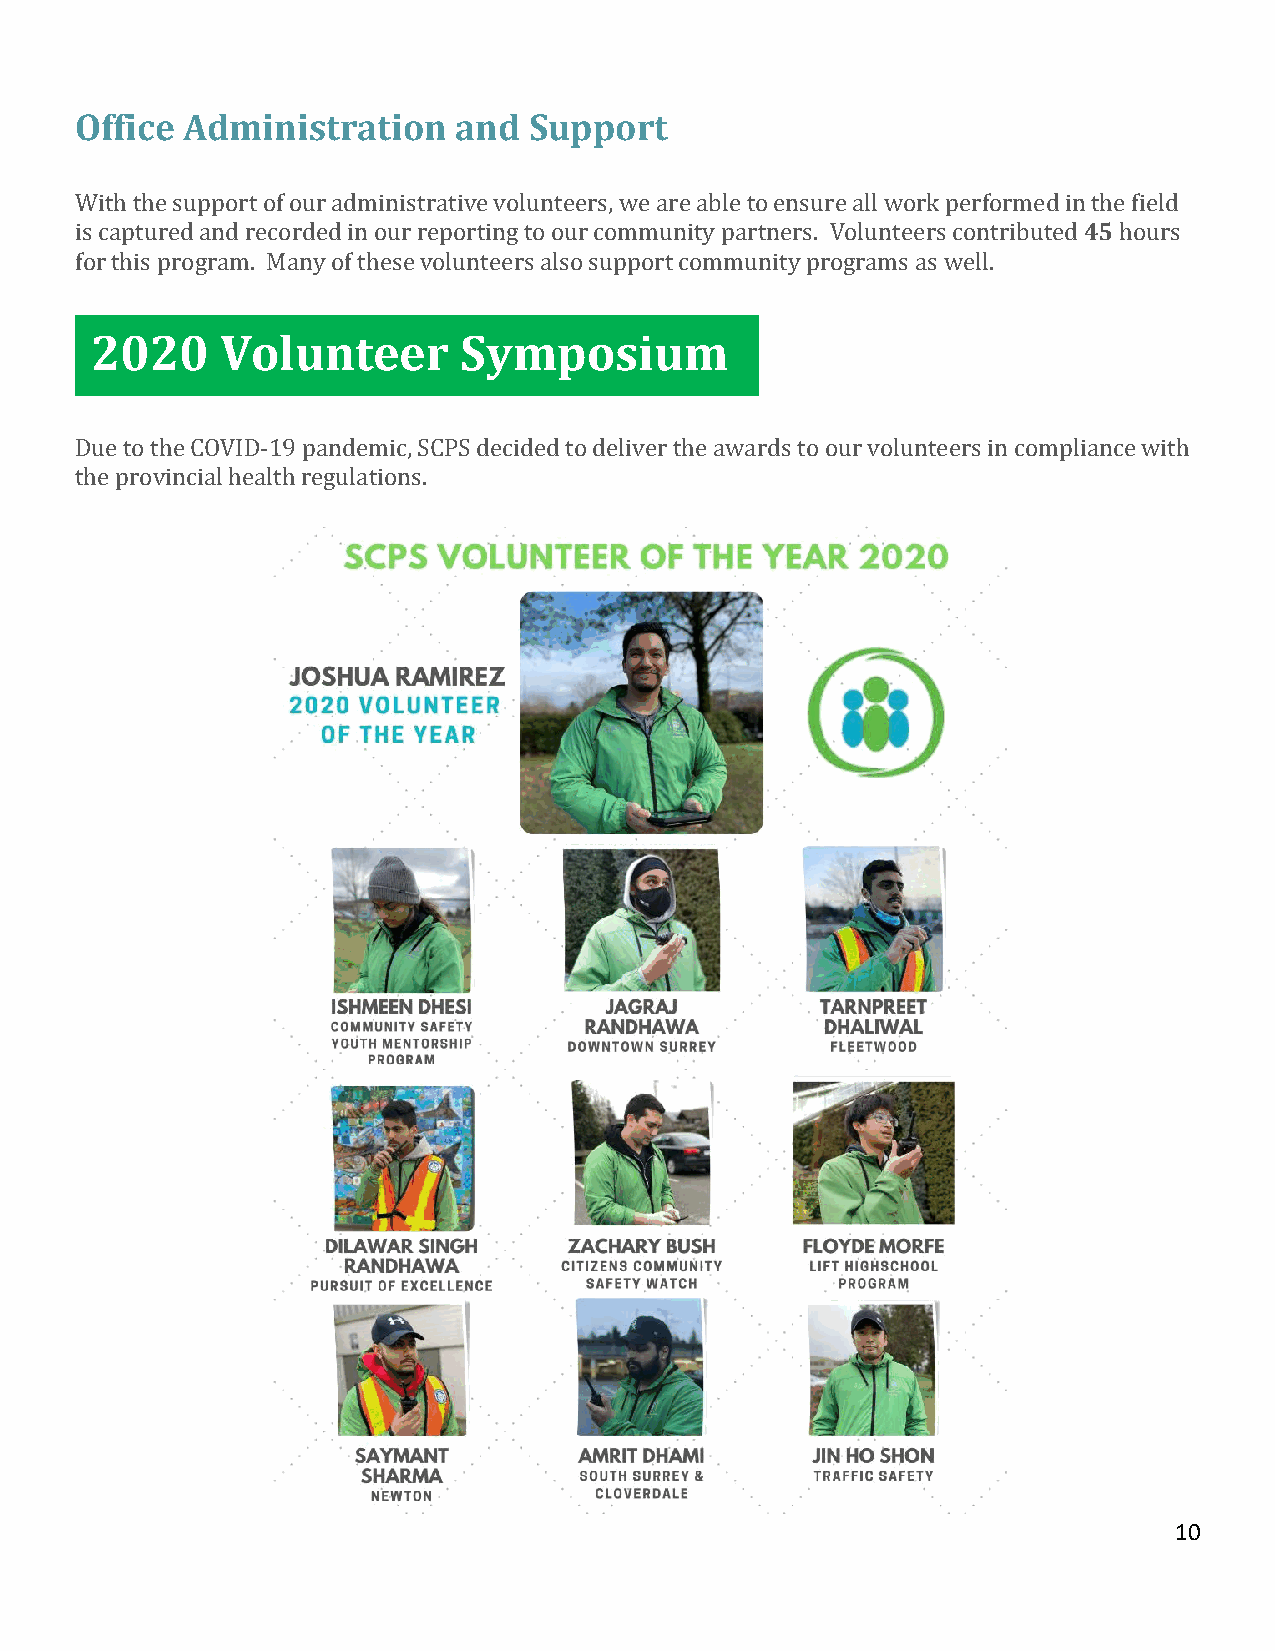
Office Administration    and  Support
 With the support of our administrative volunteers, we are able to ensure all work performed in the field
 is captured and recorded in our reporting to our community partners. Volunteers contributed 45 hours
 for this program. Many of these volunteers also support community programs as well.
 2020     Volunteer       Symposium
 Due to the COVID-19 pandemic, SCPS decided to deliver the awards to our volunteers in compliance with
 the provincial health regulations.
 10